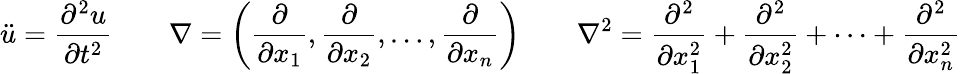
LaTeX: {\ddot{u}}={\frac{\partial^{2}u}{\partial t^{2}}}\quad\quad\nabla=\left({\frac{\partial}{\partial x_{1}}},{\frac{\partial}{\partial x_{2}}},\ldots,{\frac{\partial}{\partial x_{n}}}\right)\quad\quad\nabla^{2}={\frac{\partial^{2}}{\partial x_{1}^{2}}}+{\frac{\partial^{2}}{\partial x_{2}^{2}}}+\cdots+{\frac{\partial^{2}}{\partial x_{n}^{2}}}